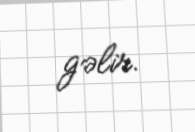
gəlir.